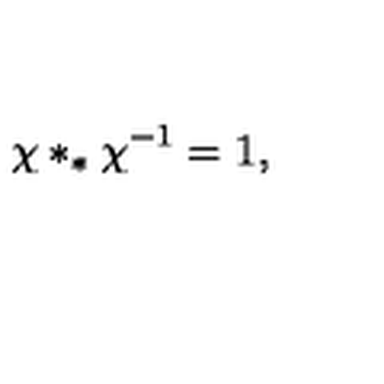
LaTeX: \chi * _ { * } \chi ^ { - 1 } = 1 ,